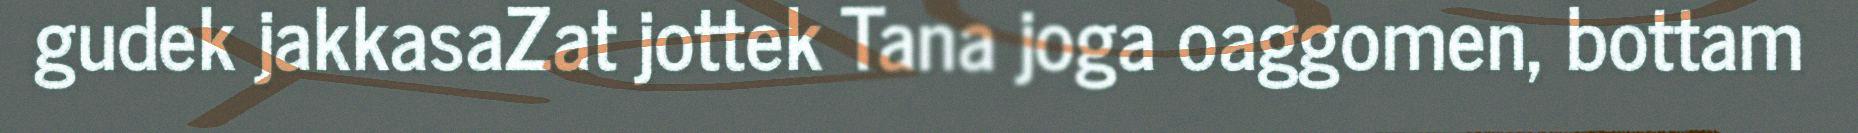
gudek jakkasaZat jottek Tana joga oaggomen, bottam